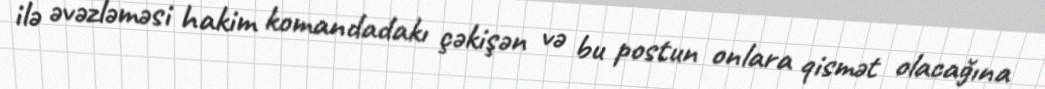
ilə əvəzləməsi hakim komandadakı çəkişən və bu postun onlara qismət olacağına